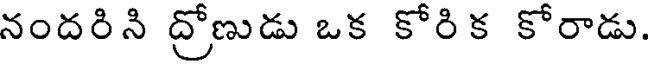
నందరిని ద్రోణుడు ఒక కోరిక కోరాడు.